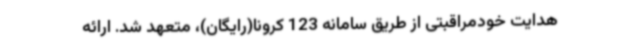
هدایت خودمراقبتی از طریق سامانه 123 کرونا(رایگان)، متعهد شد. ارائه